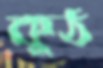
কুঠ